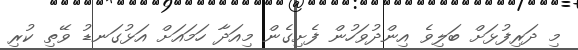
މި ދަރިފުޅަށް ބަލިވެ އިންދުވަހުން ފެށިގެން މިއަދާ ހަމައަށް އަޅުގަނޑު ވޭތި ކުރި